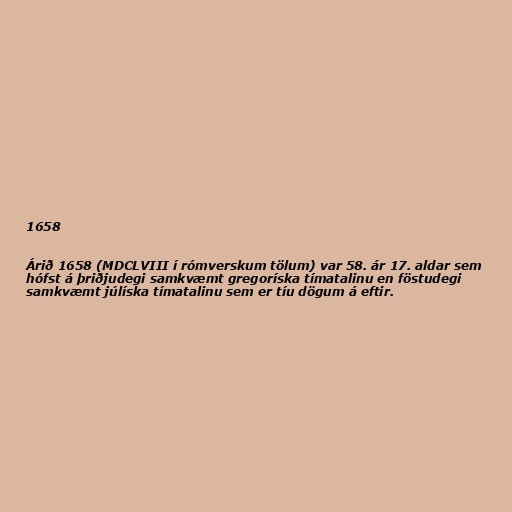
1658

Árið 1658 (MDCLVIII í rómverskum tölum) var 58. ár 17. aldar sem
hófst á þriðjudegi samkvæmt gregoríska tímatalinu en föstudegi
samkvæmt júlíska tímatalinu sem er tíu dögum á eftir.